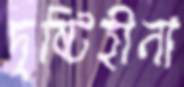
দৃষ্টিহীনা